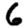
Digit: 6